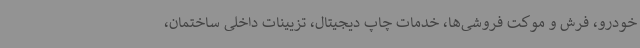
خودرو، فرش و موکت فروشی‌ها، خدمات چاپ دیجیتال، تزیینات داخلی ساختمان،